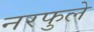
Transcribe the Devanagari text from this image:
नरफुले